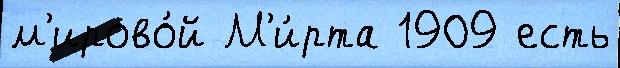
м'ирово́й М'и́рта 1909 есть